画像に写った文字を読んでください
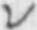
「レ」と書いてあります